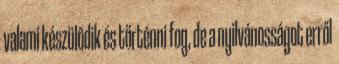
valami készülődik és történni fog, de a nyilvánosságot erről